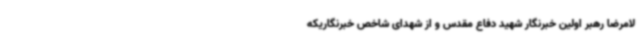
لامرضا رهبر اولین خبرنگار شهید دفاع مقدس و از شهدای شاخص خبرنگاریکه